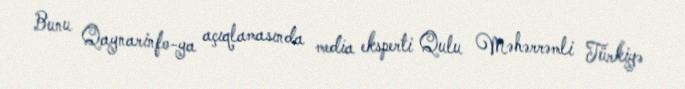
Bunu Qaynarinfo-ya açıqlamasında media eksperti Qulu Məhərrəmli Türkiyə